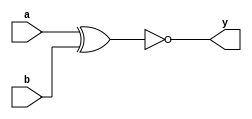
module tri_xnor2(
   y,
   a,
   b
);
   parameter                      WIDTH = 1;
   parameter                      BTR = "XNOR2_X2M_NONE";  //Specify full BTR name, else let tool select
   output [0:WIDTH-1]  y;
   input [0:WIDTH-1]   a;
   input [0:WIDTH-1]   b;

   genvar 	       i;

   generate
      begin : t
	 for (i = 0; i < WIDTH; i = i + 1)
	   begin : w

	      xnor I0(y[i], a[i], b[i]);

	   end // block: w
      end

   endgenerate
endmodule